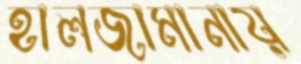
হালজামানায়